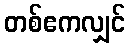
တစ်ဧကလျှင်